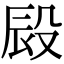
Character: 㲀